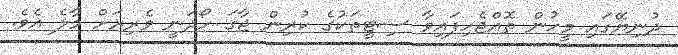
ދުނިޔޭގައި މީހުން ތޮއްޖެހިފައިވާ ސިޓީތަކުގެ ކުރިން ޖާގަ ހޯދަނީ ވެރިރަށް މާލެ އެވެ.